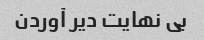
بی نهایت دیر آوردن